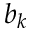
b _ { k }